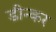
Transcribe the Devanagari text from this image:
डीन्कर